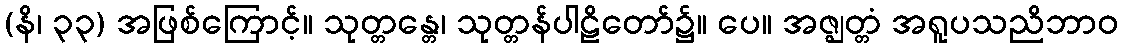
(နိ၊ ၃၃) အဖြစ်ကြောင့်။ သုတ္တန္တေ၊ သုတ္တန်ပါဠိတော်၌။ ပေ။ အဇ္ဈတ္တံ အရူပသညိဘာဝ